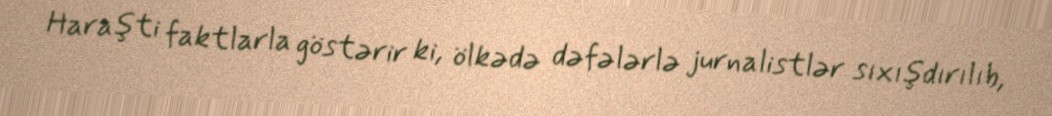
Haraşti faktlarla göstərir ki, ölkədə dəfələrlə jurnalistlər sıxışdırılıb,